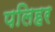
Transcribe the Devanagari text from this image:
पलिहर